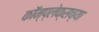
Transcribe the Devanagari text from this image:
कॉम्प्लेक्सच्या